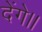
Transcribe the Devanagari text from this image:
देंगे।।